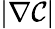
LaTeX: |\nabla\mathcal{C}|